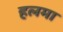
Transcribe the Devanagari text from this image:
हलमा